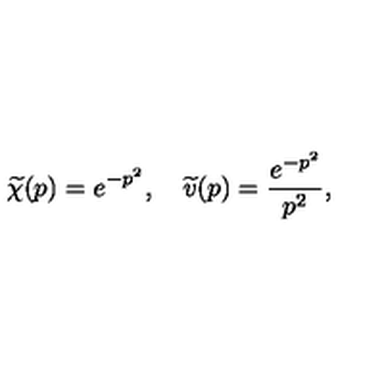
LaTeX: \widetilde { \chi } ( p ) = e ^ { - p ^ { 2 } } , \quad \widetilde { v } ( p ) = \frac { e ^ { - p ^ { 2 } } } { p ^ { 2 } } ,